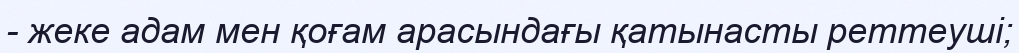
- жеке адам мен қоғам арасындағы қатынасты реттеуші;